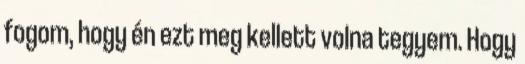
fogom, hogy én ezt meg kellett volna tegyem. Hogy